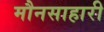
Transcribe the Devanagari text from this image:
मौनसाहारी